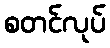
စတင်လုပ်